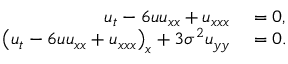
\begin{array} { r l } { u _ { t } - 6 u u _ { x x } + u _ { x x x } } & { { } = 0 , } \\ { \left( u _ { t } - 6 u u _ { x x } + u _ { x x x } \right) _ { x } + 3 \sigma ^ { 2 } u _ { y y } } & { { } = 0 . } \end{array}